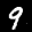
Label: 9